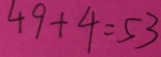
4 9 + 4 = 5 3